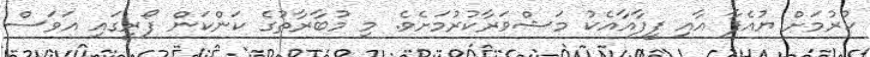
ކުރުމަށް ޔުއެފާ އާއި ފީފާއާއެކު މަޝްވަރާކުރުމަށެވެ. މި މުބާރާތުގެ ކަންކަން ފޯރީގައި އަވަސް